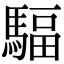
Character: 䮠